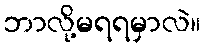
ဘာလို့မရရမှာလဲ။